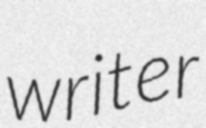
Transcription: writer